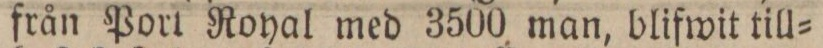
från Port Royal med 3500 man, blifwit till=